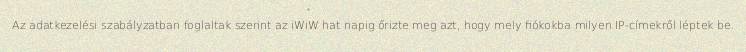
Az adatkezelési szabályzatban foglaltak szerint az iWiW hat napig őrizte meg azt, hogy mely fiókokba milyen IP-címekről léptek be.